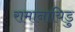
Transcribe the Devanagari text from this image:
रामानायिडु